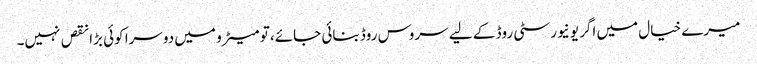
میرے خیال میں اگر یونیورسٹی روڈ کے لیے سروس روڈ بنائی جائے، تو میٹرو میں دوسرا کوئی بڑا نقص نہیں۔